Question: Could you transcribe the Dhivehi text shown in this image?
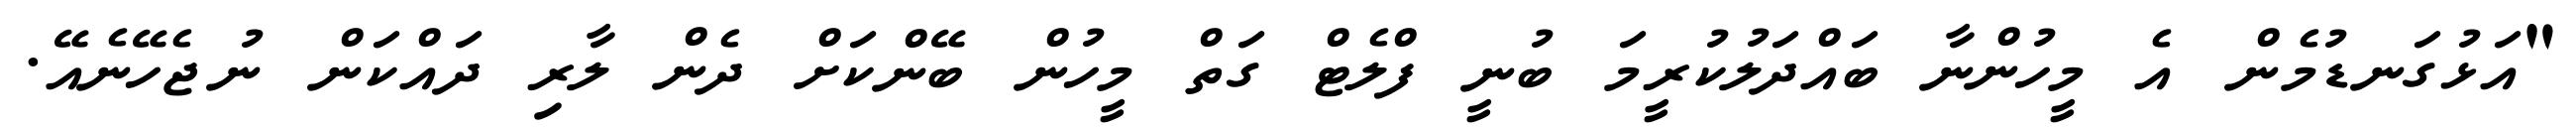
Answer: "އަޅުގަނޑުމެން އެ މީހުންނާ ބައްދަލުކުރީމަ ބުނީ ފްލެޓް ގަތް މީހުން ބޭންކަށް ދެން ލާރި ދައްކަން ނުޖެހޭނެއޭ.